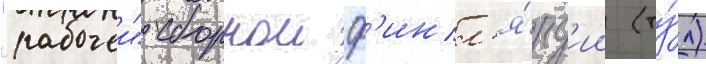
"рабочеи" сборнои ф'инл'я́нд'ии (ту́л)